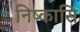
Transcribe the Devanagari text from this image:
निष्कासि